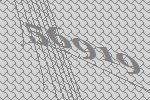
56919